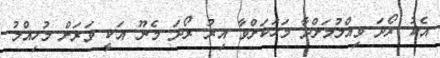
އެކު ރޯދަ ވިއްލުމަށްދާ މަހަކަށްވާ އިރު ރޯދަ މެނޫ އަކީ ވަރަށް މުހިއްމު